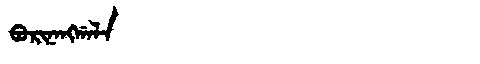
Manchu: ᠪᠣᡵᡳᠨᠠᠩᡤᠠᠯᠠ
Romanization: BORINANGGALA